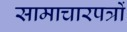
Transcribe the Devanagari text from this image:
सामाचारपत्रों